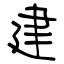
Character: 建